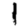
Digit: 1